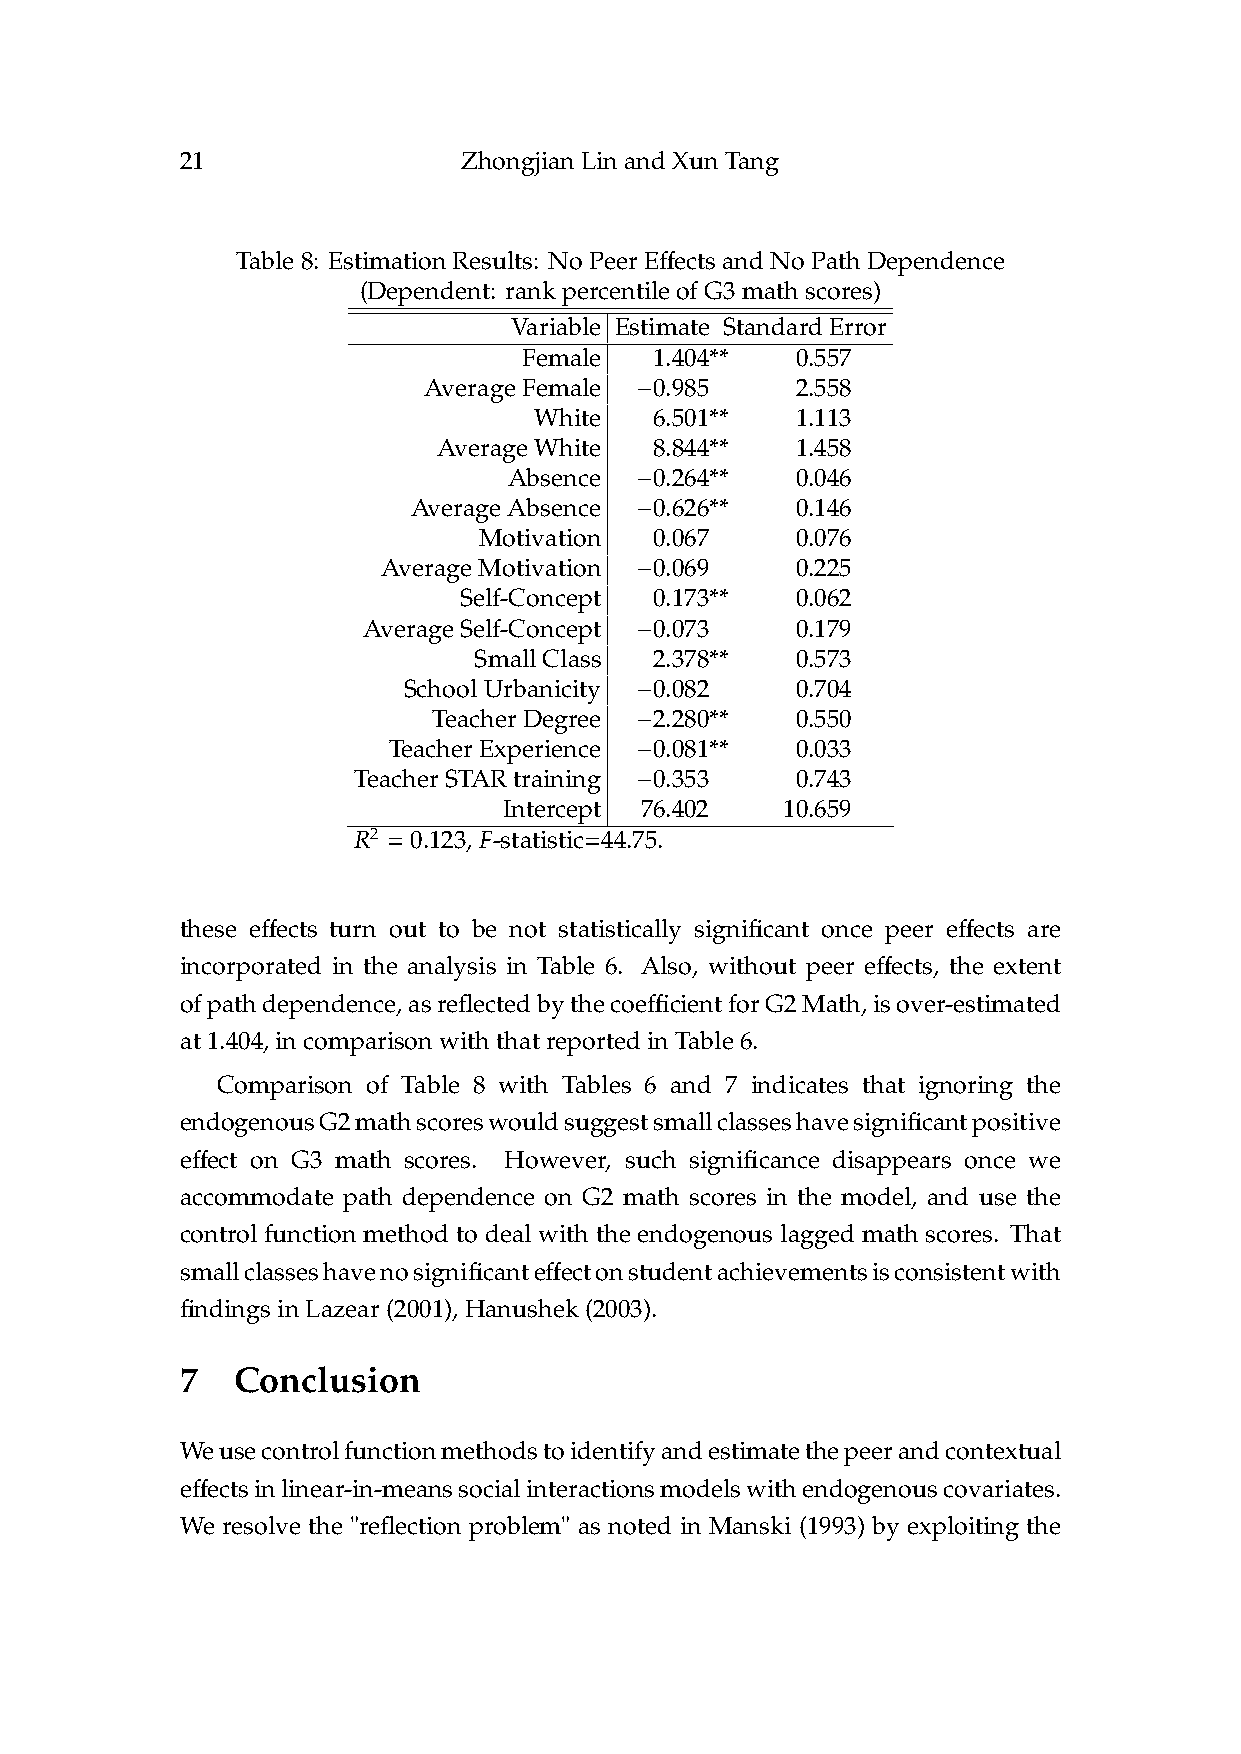
21                 ZhongjianLinandXunTang
 ff
 Table8: EstimationResults: NoPeerE ectsandNoPathDependence
 (Dependent: rankpercentileofG3mathscores)
 Variable Estimate StandardError
 .        .
 Female  1404**    0557
 − .        .
 AverageFemale  0985      2558
 .        .
 White   6501**    1113
 .        .
 AverageWhite  8844**    1458
 − .        .
 Absence  0264**    0046
 − .        .
 AverageAbsence  0626**    0146
 .        .
 Motivation 0067      0076
 − .        .
 AverageMotivation 0069      0225
 .        .
 Self-Concept 0173**    0062
 − .        .
 AverageSelf-Concept 0073     0179
 .        .
 SmallClass  2378**    0573
 − .        .
 SchoolUrbanicity 0082     0704
 − .        .
 TeacherDegree 2280**    0550
 − .        .
 TeacherExperience 0081**   0033
 − .        .
 TeacherSTARtraining 0353      0743
 .        .
 Intercept 76402    10659
 R2 = 0. 123,F-statistic= 44.75.
 ff                                            ff
 these e ects turn out to be not statistically significant once peer e ects are
 ff
 incorporated in the analysis in Table 6. Also, without peer e ects, the extent
 ffi
 ofpathdependence,asreflectedbythecoe cientforG2Math,isover-estimated
 at1.404,incomparisonwiththatreportedinTable6.
 Comparison of Table 8 with Tables 6 and 7 indicates that ignoring the
 endogenousG2mathscoreswouldsuggestsmallclasseshavesignificantpositive
 ff
 e ect on G3 math scores. However, such significance disappears once we
 accommodate path dependence on G2 math scores in the model, and use the
 control function method to deal with the endogenous lagged math scores. That
 ff
 smallclasseshavenosignificante ectonstudentachievementsisconsistentwith
 findingsinLazear(2001),Hanushek(2003).
 7  Conclusion
 Weusecontrolfunctionmethodstoidentifyandestimatethepeerandcontextual
 ff
 e ectsinlinear-in-meanssocialinteractionsmodelswithendogenouscovariates.
 We resolve the "reflection problem" as noted in Manski (1993) by exploiting the